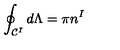
\oint _ { { \cal C } ^ { I } } d \Lambda = \pi n ^ { I }